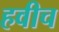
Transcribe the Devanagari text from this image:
हवीच